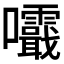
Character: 𡅺